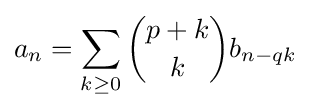
a_{n}=\sum _{k\geq 0}{\binom {p+k}{k}}b_{n-qk}